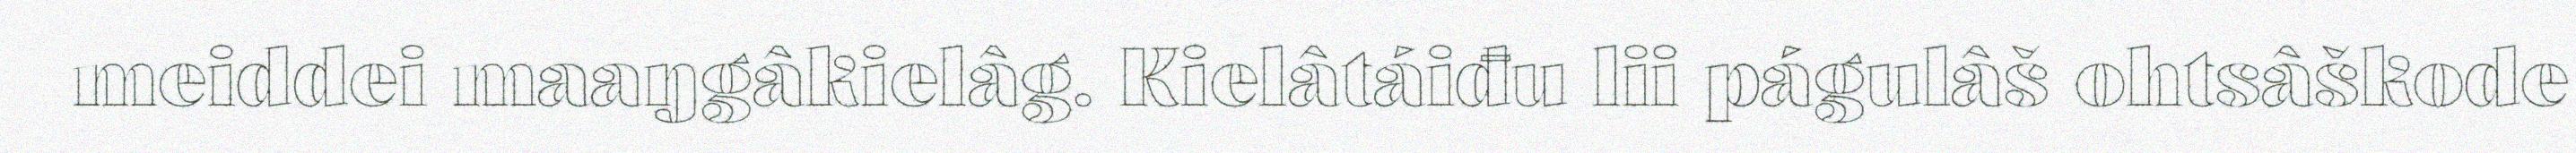
meiddei maaŋgâkielâg. Kielâtáiđu lii págulâš ohtsâškode